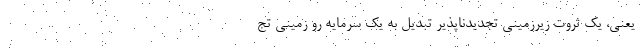
یعنی، یک ثروت زیرزمینی تجدیدناپذیر تبدیل به یک سرمایه رو زمینی تج